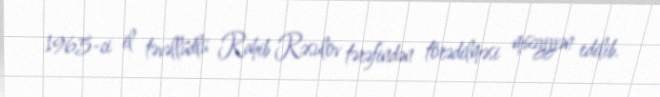
1965-ci il təvəllüdlü Rahib Rəsulov tərəfindən törədilməsi müəyyən edilib.